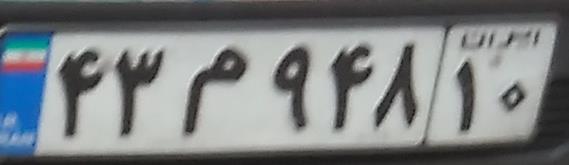
۴۳م۹۴۸۱۰